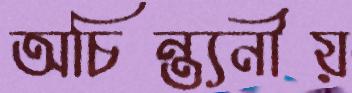
অচিন্ত্যনীয়